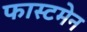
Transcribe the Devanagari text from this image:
फास्टमेन